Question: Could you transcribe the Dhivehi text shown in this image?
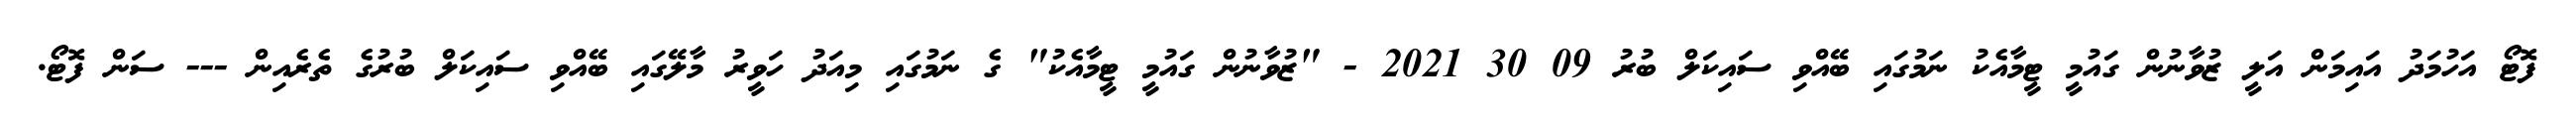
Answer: ފޮޓޯ އަހުމަދު އައިމަން އަލީ ޒުވާނުން ގައުމީ ޓީމާއެކު ނަމުގައި ބޭއްވި ސައިކަލް ބުރު 09 30 2021 - "ޒުވާނުން ގައުމީ ޓީމާއެކު" ގެ ނަމުގައި މިއަދު ހަވީރު މާލޭގައި ބޭއްވި ސައިކަލް ބުރުގެ ތެރެއިން --- ސަން ފޮޓޯ.